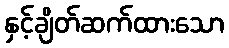
နှင့်ချိတ်ဆက်ထားသော